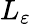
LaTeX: L_{\varepsilon}